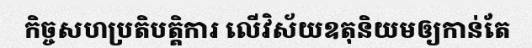
កិច្ចសហប្រតិបត្តិការ លើវិស័យឧតុនិយមឲ្យកាន់តែ